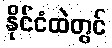
နိုင်ငံထဲတွင်